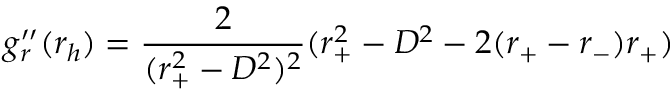
g _ { r } ^ { \prime \prime } ( r _ { h } ) = { \frac { 2 } { ( r _ { + } ^ { 2 } - D ^ { 2 } ) ^ { 2 } } } ( r _ { + } ^ { 2 } - D ^ { 2 } - 2 ( r _ { + } - r _ { - } ) r _ { + } )